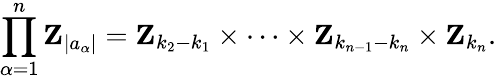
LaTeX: \prod_{\alpha=1}^{n}{\mathbf Z}_{|a_{\alpha}|}={\mathbf Z}_{k_{2}-k_{1}}\times\cdots\times{\mathbf Z}_{k_{n-1}-k_{n}}\times{\mathbf Z}_{k_{n}}.